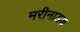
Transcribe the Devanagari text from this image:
मरीनाडक